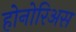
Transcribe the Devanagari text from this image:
होनोरिअस